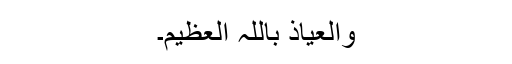
والعیاذ باللہ العظیم۔